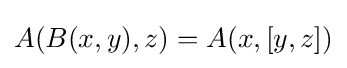
A(B(x,y),z)=A(x,[y,z])